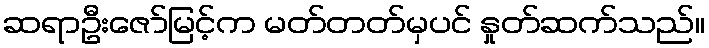
ဆရာဦးဇော်မြင့်က မတ်တတ်မှပင် နှုတ်ဆက်သည်။